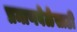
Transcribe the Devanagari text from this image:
प्रमाणवेळेसाठी